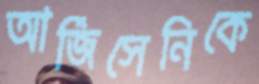
আর্জিসেনিকে